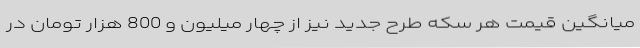
میانگین قیمت هر سکه طرح جدید نیز از چهار میلیون و 800 هزار تومان در